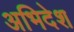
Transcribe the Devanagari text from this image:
अभिदेश